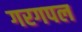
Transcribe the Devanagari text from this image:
गरगपल